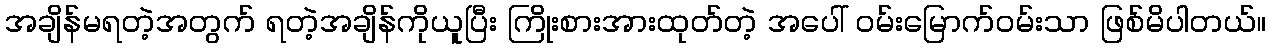
အချိန်မရတဲ့အတွက် ရတဲ့အချိန်ကိုယူပြီး ကြိုးစားအားထုတ်တဲ့ အပေါ် ဝမ်းမြောက်ဝမ်းသာ ဖြစ်မိပါတယ်။